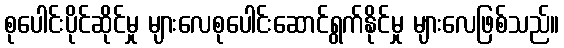
စုပေါင်းပိုင်ဆိုင်မှု များလေစုပေါင်းဆောင်ရွက်နိုင်မှု များလေဖြစ်သည်။